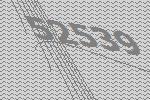
52539